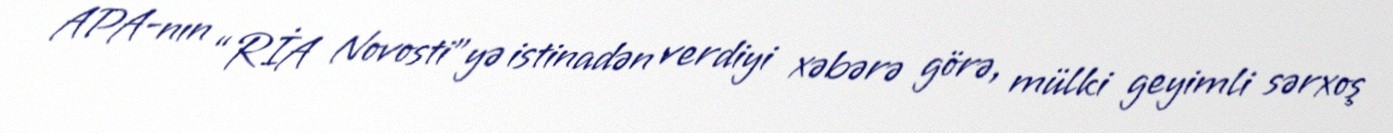
APA-nın “RİA Novosti”yə istinadən verdiyi xəbərə görə, mülki geyimli sərxoş